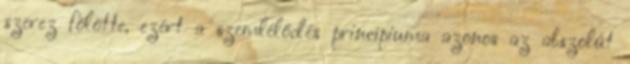
szerez fölötte, ezért a szemlélődés princípiuma azonos az abszolút